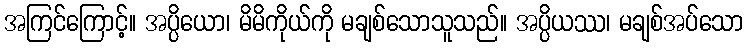
အကြင်ကြောင့်။ အပ္ပိယော၊ မိမိကိုယ်ကို မချစ်သောသူသည်။ အပ္ပိယဿ၊ မချစ်အပ်သော